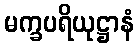
မက္ခပရိယုဋ္ဌာနံ